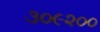
૩૦૯૨૦૦